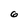
Character: 6